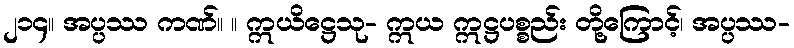
၂၁၄။ အပ္ပဿ ကဏ်။ ။ ဣယိဋ္ဌေသု- ဣယ ဣဋ္ဌပစ္စည်း တို့ကြောင့်၊ အပ္ပဿ-